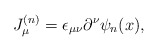
\begin{align*}J_\mu^{(n)}=\epsilon_{\mu\nu} \partial^\nu \psi_n(x),\end{align*}